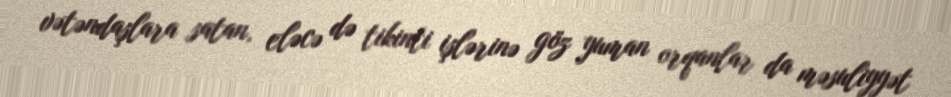
vətəndaşlara satan, eləcə də tikinti işlərinə göz yuman orqanlar da məsuliyyət